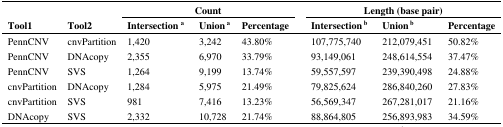
|  |  | <COLSPAN=3> Count | <COLSPAN=3> Length (base pair) |
 | Tool1 | Tool2 | Intersection a | Union a | Percentage | Intersection b | Union b | Percentage |
 | --- | --- | --- | --- | --- | --- | --- | --- |
 | PennCNV | cnvPartition | 1,420 | 3,242 | 43.80% | 107,775,740 | 212,079,451 | 50.82% |
 | PennCNV | DNAcopy | 2,355 | 6,970 | 33.79% | 93,149,061 | 248,614,554 | 37.47% |
 | PennCNV | SVS | 1,264 | 9,199 | 13.74% | 59,557,597 | 239,390,498 | 24.88% |
 | cnvPartition | DNAcopy | 1,284 | 5,975 | 21.49% | 79,825,624 | 286,840,260 | 27.83% |
 | cnvPartition | SVS | 981 | 7,416 | 13.23% | 56,569,347 | 267,281,017 | 21.16% |
 | DNAcopy | SVS | 2,332 | 10,728 | 21.74% | 88,864,805 | 256,893,983 | 34.59% |